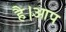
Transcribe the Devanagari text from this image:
है।आप